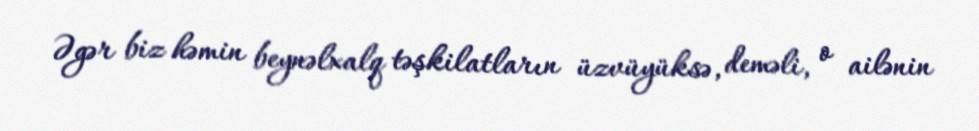
Əgər biz həmin beynəlxalq təşkilatların üzvüyüksə, deməli, o ailənin